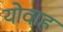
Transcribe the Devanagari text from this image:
योवाह